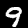
Digit: 9